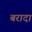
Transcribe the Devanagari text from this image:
बरादा